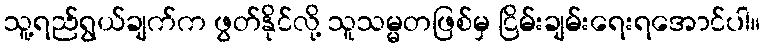
သူ့ရည်ရွယ်ချက်က ဖွတ်နိုင်လို့ သူသမ္မတဖြစ်မှ ငြိမ်းချမ်းရေးရအောင်ပါ။